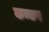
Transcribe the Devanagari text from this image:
कन्कर